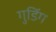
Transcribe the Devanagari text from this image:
गुडिंग